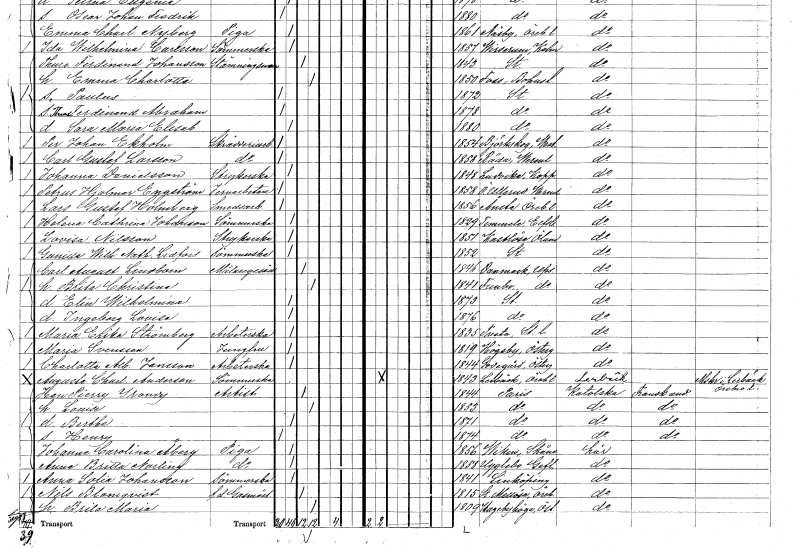
gt_parse: households: individuals: FN: Petrus Hjalmar
EN: Engström
YRKE: Järnarbetare
KON: M
CIV: O
FODAR: 1858
FODFORS: Övre Ullerud Värmlands län
FN: Lars Gustaf
EN: Holmberg
YRKE: Smedsarbetare
KON: M
CIV: O
FODAR: 1856
FODFORS: Ånsta Örebro län
FN: Helena Cathrina
EN: Johanson
YRKE: Sömmerska
KON: K
CIV: O
FODAR: 1829
FODFORS: Timmele Älvsborgs län
FN: Lovisa
EN: Nilsson
YRKE: Strykerska
KON: K
CIV: O
FODAR: 1851
FODFORS: Kastlösa Kalmar län
FN: Gunilla Wilhelmina Mathilda
EN: Lidfors
YRKE: Sömmerska
KON: K
CIV: O
FODAR: 1852
FODFORS: Stockholm
FN: Carl August
EN: Lindbom
YRKE: Målaregesäll
KON: M
CIV: G
FODAR: 1846
FODFORS: Danmark Uppsala län
FN: Brita Christina
KON: K
CIV: G
FODAR: 1841
FODFORS: Funbo Uppsala län
FN: Elin Wilhelmina
KON: K
CIV: O
FODAR: 1873
FODFORS: Stockholm
FN: Ingeborg Lovisa
KON: K
CIV: O
FODAR: 1876
FODFORS: Stockholm
FN: Maria Erika
EN: Strömberg
YRKE: Arbeterska
KON: K
CIV: O
FODAR: 1835
FODFORS: Tveta Stockholms län
FN: Maria
EN: Svensson
YRKE: Jungfru
KON: K
CIV: O
FODAR: 1819
FODFORS: Högsby Kalmar län
FN: Charlotta Albertina
EN: Jansson
YRKE: Arbeterska
KON: K
CIV: O
FODAR: 1844
FODFORS: Godegård Östergötlands län
FN: Augusta Charlotta
EN: Anderson
YRKE: Sömmerska
KON: K
CIV: O
FODAR: 1843
FODFORS: Lerbäck Örebro län
FN: Jean Pierry
EN: Yrandy
YRKE: Artist
KON: M
CIV: G
FODAR: 1844
FN: Louise
KON: K
CIV: G
FODAR: 1853
FN: Berthe
KON: K
CIV: O
FODAR: 1871
FN: Henry
KON: M
CIV: O
FODAR: 1874
FN: Johanna Carolina
EN: Åberg
YRKE: Piga
KON: K
CIV: O
FODAR: 1856
FODFORS: Viken Malmöhus län
FN: Anna Britta
EN: Norling
YRKE: Piga
KON: K
CIV: O
FODAR: 1858
FODFORS: Ugglebo Gävleborgs län
FN: Anna Sofia
EN: Johansson
YRKE: Sömmerska
KON: K
CIV: O
FODAR: 1841
FODFORS: Linköping Östergötlands län
FN: Nils
EN: Blomqvist
YRKE: Gasmästare f.d.
KON: M
CIV: G
FODAR: 1815
FODFORS: Stora Mellösa Örebro län
FN: Brita Maria
KON: K
CIV: G
FODAR: 1809
FODFORS: Hagebyhöga Östergötlands län